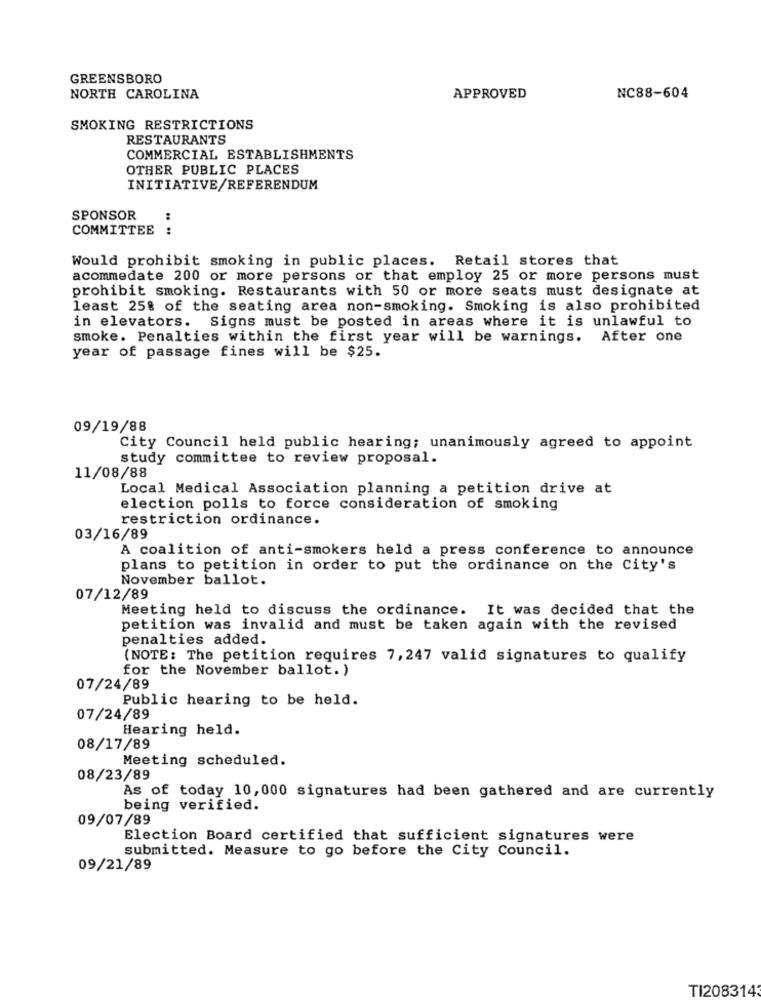
GREENSBORO
NORTH CAROLINA
APPROVED
NC88-604
SMOKING RESTRICTIONS
RESTAURANTS
COMMERCIAL ESTABLISHMENTS
OTHER PUBLIC PLACES
INITIATIVE/REFERENDUM
SPONSOR
:
COMMITTEE :
Would prohibit smoking in public places. Retail stores that
acommedate 200 or more persons or that employ 25 or more persons must
prohibit smoking. Restaurants with 50 or more seats must designate at
least 25% of the seating area non-smoking. Smoking is also prohibited
in elevators. Signs must be posted in areas where it is unlawful to
smoke. Penalties within the first year will be warnings. After one
year of passage fines will be $25.
09/19/88
City Council held public hearing; unanimously agreed to appoint
study committee to review proposal.
11/08/88
Local Medical Association planning a petition drive at
election polls to force consideration of smoking
restriction ordinance.
03/16/89
A coalition of anti-smokers held a press conference to announce
plans to petition in order to put the ordinance on the City's
November ballot.
07/12/89
Meeting held to discuss the ordinance. It was decided that the
petition was invalid and must be taken again with the revised
penalties added.
(NOTE: The petition requires 7,247 valid signatures to qualify
for the November ballot.)
07/24/89
Public hearing to be held.
07/24/89
Hearing held.
08/17/89
Meeting scheduled.
08/23/89
As of today 10,000 signatures had been gathered and are currently
being verified.
09/07/89
Election Board certified that sufficient signatures were
submitted. Measure to go before the City Council.
09/21/89
TI2083143